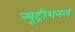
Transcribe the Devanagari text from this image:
न्यूट्रीशनल